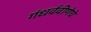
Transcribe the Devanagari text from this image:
गंधर्ववीणेचे